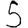
Digit: 5